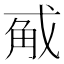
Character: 𭟵